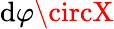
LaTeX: \operatorname{\mathrm{d}}\! \varphi\circX